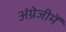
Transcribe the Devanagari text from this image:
अंग्रेजीमें